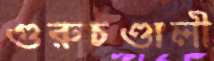
গুরুচণ্ডালী